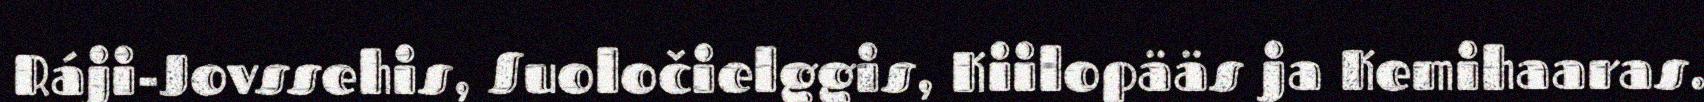
Ráji-Jovssehis, Suoločielggis, Kiilopääs ja Kemihaaras.